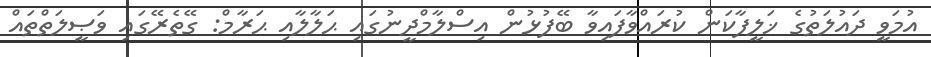
އުމަވީ ދައުލަތުގެ ޚަލީފާކަން ކުރައްވާފައިވާ ބޭފުޅުން އިސްލާމްދީނުގައި ޙަލާލާއި ޙަރާމް: ގޭތެރޭގައި ވަޞީލަތްތައް